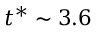
t ^ { * } \sim 3 . 6